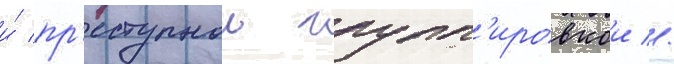
и́ пр'еступнои групп'ировкои //